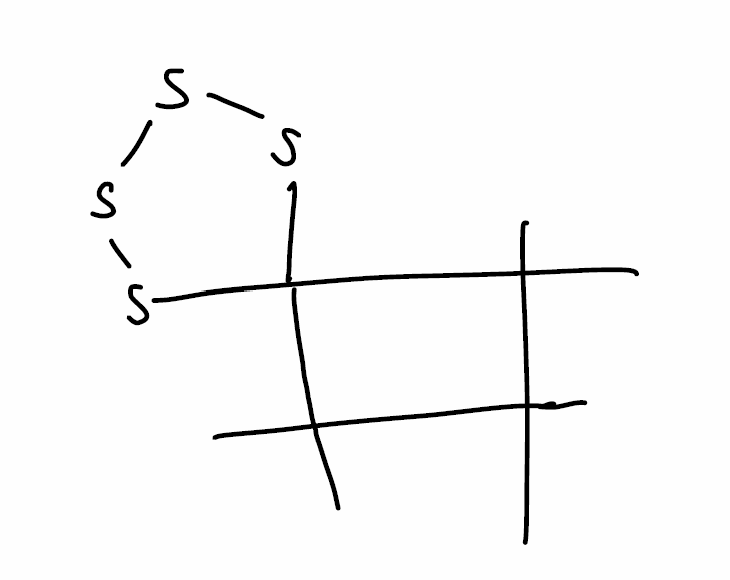
Simplified molecular-input line-entry system (SMILES) notation of the given molecule:
CC(C)(C)C1(SSSS1)C(C)(C)C